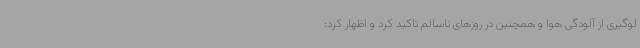
لوگیری از آلودگی هوا و همچنین در روزهای ناسالم تاکید کرد و اظهار کرد: